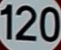
120